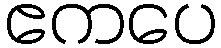
ဧကပေ